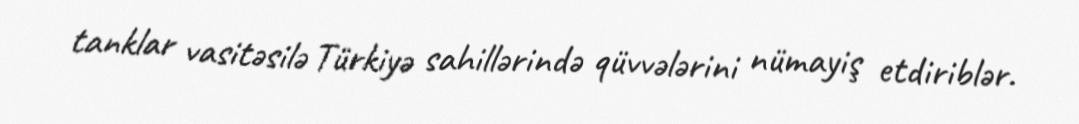
tanklar vasitəsilə Türkiyə sahillərində qüvvələrini nümayiş etdiriblər.